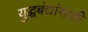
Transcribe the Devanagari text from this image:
युद्धबंद्यांसाठी